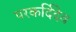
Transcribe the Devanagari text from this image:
परकर्दिदेव